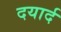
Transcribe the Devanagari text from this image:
दयार्द